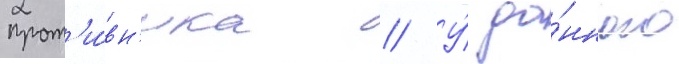
прот'и́вн'ика // У́ да́нного